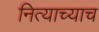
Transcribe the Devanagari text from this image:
नित्याच्याच